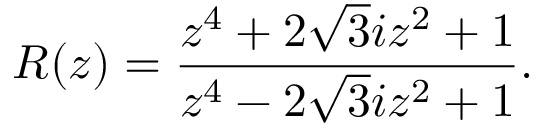
R ( z ) = \frac { z ^ { 4 } + 2 \sqrt { 3 } i z ^ { 2 } + 1 } { z ^ { 4 } - 2 \sqrt { 3 } i z ^ { 2 } + 1 } .